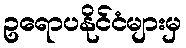
ဥရောပနိုင်ငံများမှ